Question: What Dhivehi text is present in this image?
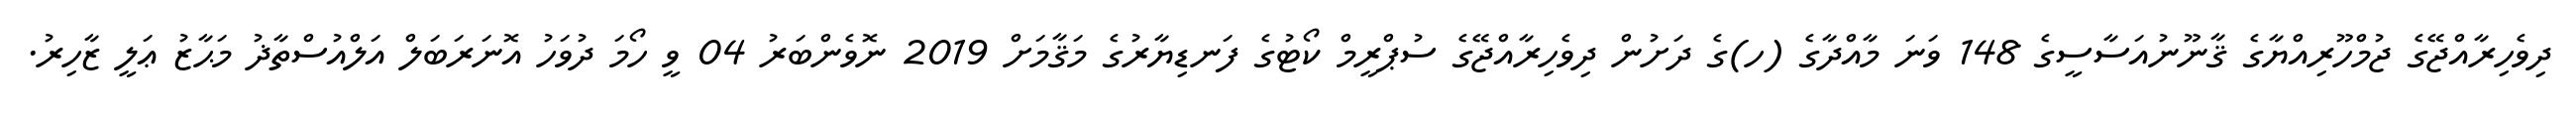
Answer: ދިވެހިރާއްޖޭގެ ޖުމްހޫރިއްޔާގެ ޤާނޫނުއަސާސީގެ 148 ވަނަ މާއްދާގެ (ހ)ގެ ދަށުން ދިވެހިރާއްޖޭގެ ސުޕްރީމް ކޯޓުގެ ފަނޑިޔާރުގެ މަޤާމަށް 2019 ނޮވެންބަރު 04 ވީ ހޯމަ ދުވަހު އޮނަރަބަލް އަލްއުސްތާޛު މަޙާޒު ޢަލީ ޒާހިރު.